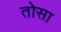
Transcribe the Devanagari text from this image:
तोसा